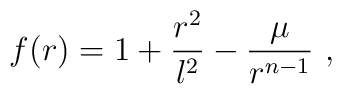
f(r) = 1+\frac{r^2}{l^2} -\frac{\mu}{r^{n-1}}~,